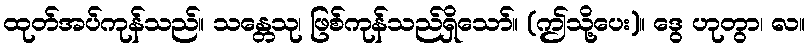
ထုတ်အပ်ကုန်သည်။ သန္တေသု၊ ဖြစ်ကုန်သည်ရှိသော်။ (ဤသို့ပေး)။ ဒွေ ဟုတွာ၊ လ။